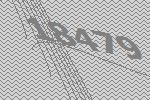
18479